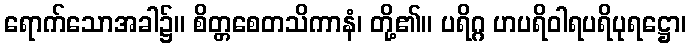
ရောက်သောအခါ၌။ စိတ္တစေတသိကာနံ၊ တို့၏။ ပရိဂ္ဂ ဟပရိဝါရပရိပုရဋ္ဌော၊